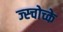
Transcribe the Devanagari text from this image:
ज्स्चोच्के